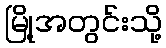
မြို့အတွင်းသို့